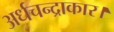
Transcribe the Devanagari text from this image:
अर्धचन्द्राकार।